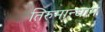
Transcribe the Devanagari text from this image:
तिरुमान्धाम